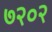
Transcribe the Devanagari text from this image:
७२०२